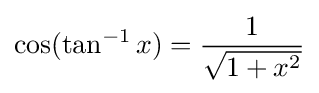
\cos(\tan ^{-1}{x})={\frac {1}{\sqrt {1+x^{2}}}}